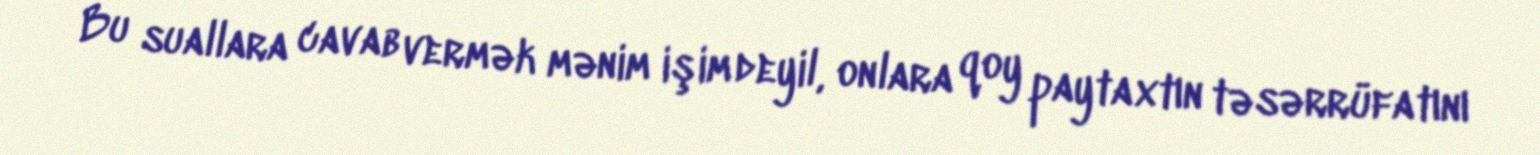
Bu suallara cavab vermək mənim işim deyil, onlara qoy paytaxtın təsərrüfatını